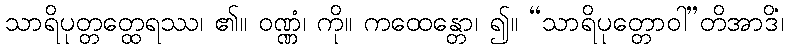
သာရိပုတ္တတ္ထေရဿ၊ ၏။ ဝဏ္ဏံ၊ ကို။ ကထေန္တော၊ ၍။ “သာရိပုတ္တောဝါ”တိအာဒိံ၊